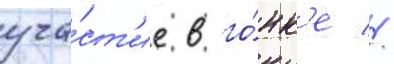
уча́ст'ие в го́нк'е //